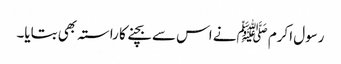
رسول اکرم ﷺنے اس سے بچنے کا راستہ بھی بتایا۔